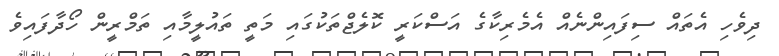
ދިވެހި އެތައް ސިފައިންނެއް އެމެރިކާގެ އަސްކަރީ ކޮލެޖްތަކުގައި މަތީ ތައުލީމާއި ތަމްރީން ހޯދާފައިވެ